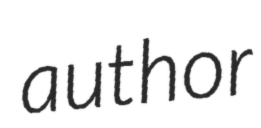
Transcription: author